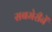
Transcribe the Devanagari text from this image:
सबमेरीनें